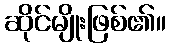
ဆိုင်မျိုးဖြစ်၏။